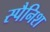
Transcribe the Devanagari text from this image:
स्‍पैनिश